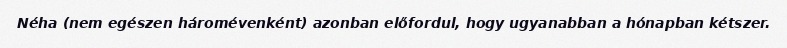
Néha (nem egészen háromévenként) azonban előfordul, hogy ugyanabban a hónapban kétszer.